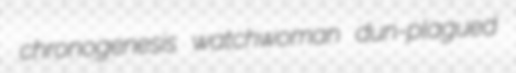
chronogenesis watchwoman dun-plagued